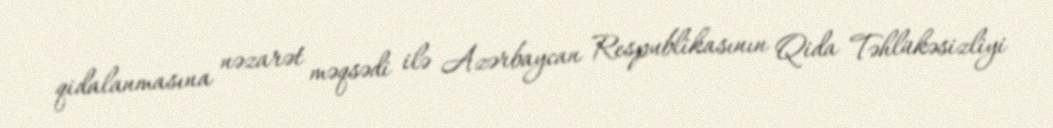
qidalanmasına nəzarət məqsədi ilə Azərbaycan Respublikasının Qida Təhlükəsizliyi